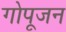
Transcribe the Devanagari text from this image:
गोपूजन